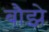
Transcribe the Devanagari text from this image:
बौझे